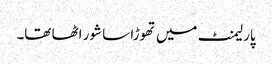
پارلیمنٹ میں تھوڑا سا شور اٹھا تھا۔